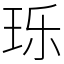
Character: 𬍛